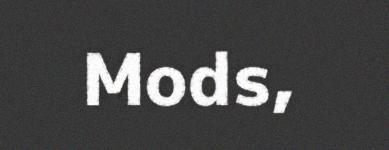
Mods,